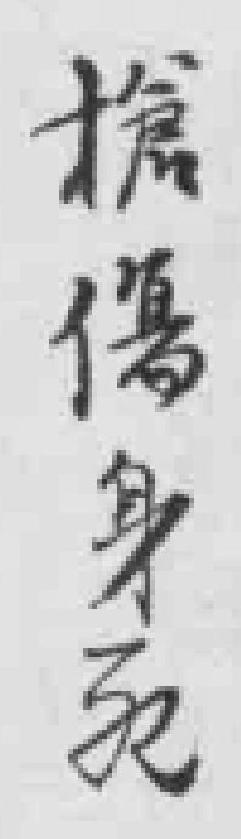
槍傷身死